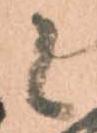
候